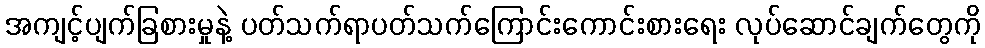
အကျင့်ပျက်ခြစားမှုနဲ့ ပတ်သက်ရာပတ်သက်ကြောင်းကောင်းစားရေး လုပ်ဆောင်ချက်တွေကို